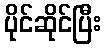
ပိုင်ဆိုင်ပြီး